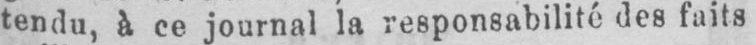
tendu, à ce journal la responsabilité des faits